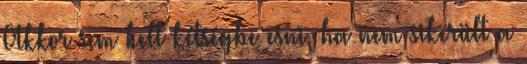
Akkor sem kell kétségbe esni, ha nem sikerült a